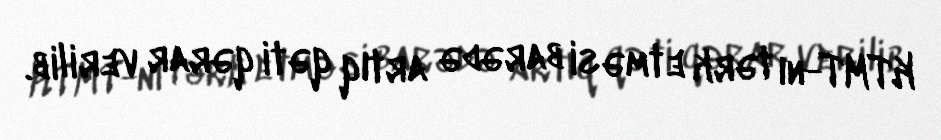
KTMT-nı tərk etməsi barədə artıq qəti qərar verilib.